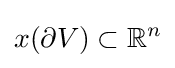
x(\partial V)\subset \mathbb {R} ^{n}